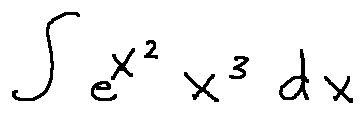
\int e ^ { x ^ { 2 } } x ^ { 3 } d x